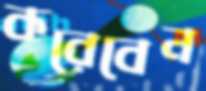
করেবেন